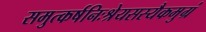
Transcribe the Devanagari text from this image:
समुत्कर्षनिःश्रेयसस्यैकमुग्रं